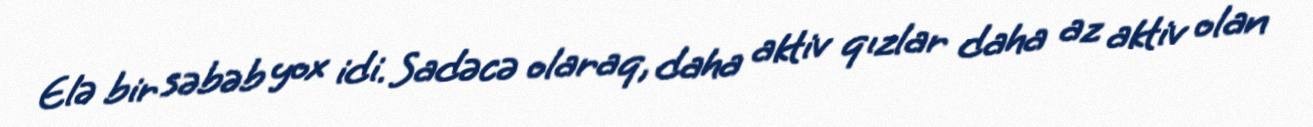
Elə bir səbəb yox idi. Sadəcə olaraq, daha aktiv qızlar daha az aktiv olan